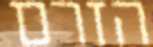
הזרם